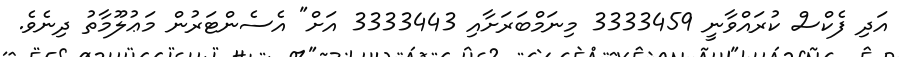
އަދި ފެކްސް ކުރައްވާނީ 3333459 މިނަމްބަރަށާއި 3333443 އަށް" އެސެންޓަރުން މަޢުލޫމާތު ދިނެވެ.